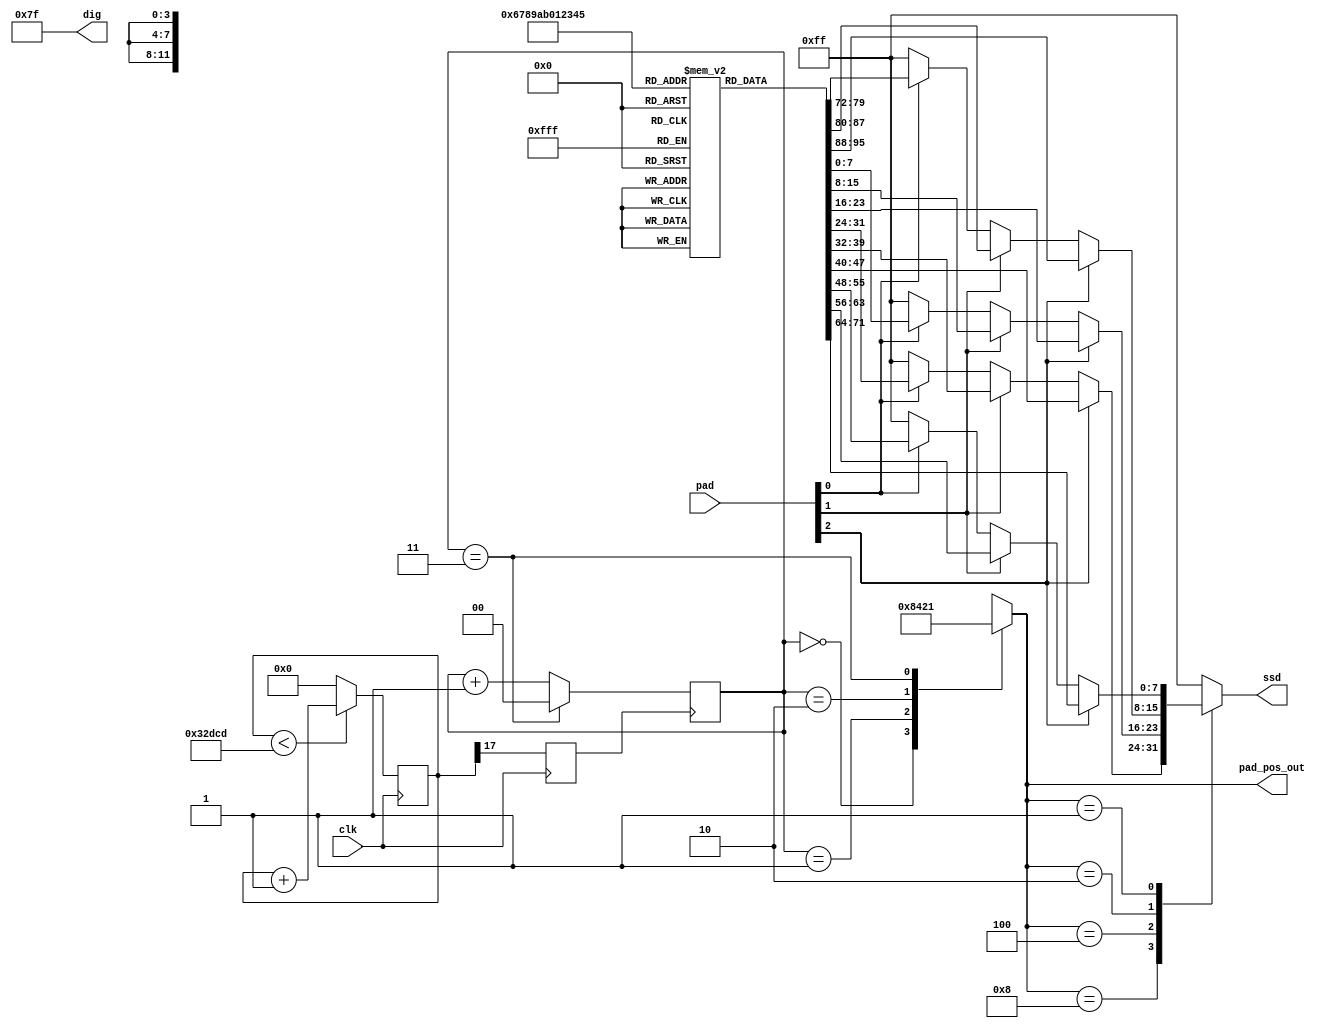
`timescale 1ns / 1ps

module pad_display(
    input clk,
    input [0:2] pad,
    output [0:3] pad_pos_out,
    output [7:0] dig,
    output [7:0] ssd
    );


    //oscillator devide
    reg [17:0] div;
    initial begin
        div = 18'd0;
    end
    reg clk_r; //refresh clock
    always @(posedge clk) begin
        if (div < 18'd208_333) begin //480Hz 
            div <= div + 1;
        end
        else begin
            div <= 18'd0;
        end
        clk_r <= div[17];
    end


    //ABCD refresh
    reg [1:0] signal = 2'b00;
    always @(posedge clk_r) begin
        if(signal == 2'b11) begin
            signal = 2'b00;
        end
        else begin
            signal <= signal + 1;
        end
    end
    
    reg [0:3] pad_pos = 4'b0000;
    always @(*) begin
        case(signal)
            2'b00: pad_pos = 4'b1000;
            2'b01: pad_pos = 4'b0100;
            2'b10: pad_pos = 4'b0010;
            2'b11: pad_pos = 4'b0001;
            default: pad_pos = 4'b0000;
        endcase
    end


    //SSD LUT
    reg [7:0] ssd_lut[11:0];
    initial begin
        ssd_lut[0] = 8'b1001111_1;
        ssd_lut[1] = 8'b0010010_1;
        ssd_lut[2] = 8'b0000110_1;
        ssd_lut[3] = 8'b1001100_1;
        ssd_lut[4] = 8'b0100100_1;
        ssd_lut[5] = 8'b0100000_1;
        ssd_lut[6] = 8'b0001111_1;
        ssd_lut[7] = 8'b0000000_1;
        ssd_lut[8] = 8'b0000100_1;
        ssd_lut[9] = 8'b0000000_0;
        ssd_lut[10] = 8'b0000001_1;
        ssd_lut[11] = 8'b0011100_1;
    end


    //EFG detection
    reg [7:0] ssd_current;
    always @(*) begin
        case(pad_pos)
            4'b1000: begin
                if(pad[0] == 1'b1) begin //1
                    ssd_current = ssd_lut[0];
                end
                else if(pad[1] == 1'b1) begin
                    ssd_current = ssd_lut[1];
                end
                else if(pad[2] == 1'b1) begin
                    ssd_current = ssd_lut[2];
                end
                else begin
                ssd_current = 8'b1111111_1;
                end
            end
            4'b0100: begin
                if(pad[0] == 1'b1) begin //4
                    ssd_current = ssd_lut[3];
                end
                else if(pad[1] == 1'b1) begin
                    ssd_current = ssd_lut[4];
                end
                else if(pad[2] == 1'b1) begin
                    ssd_current = ssd_lut[5];
                end
                else begin
                    ssd_current = 8'b1111111_1;
                end
            end
            4'b0010: begin
                if(pad[0] == 1'b1) begin //7
                    ssd_current = ssd_lut[6];
                end
                else if(pad[1] == 1'b1) begin
                    ssd_current = ssd_lut[7];
                end
                else if(pad[2] == 1'b1) begin
                    ssd_current = ssd_lut[8];
                end
                else begin
                    ssd_current = 8'b1111111_1;
                end
            end
            4'b0001: begin
                if(pad[0] == 1'b1) begin //*
                    ssd_current = ssd_lut[9];
                end
                else if(pad[1] == 1'b1) begin
                    ssd_current = ssd_lut[10];
                end
                else if(pad[2] == 1'b1) begin
                    ssd_current = ssd_lut[11];
                end
                else begin
                    ssd_current = 8'b1111111_1;
                end
            end
            default: begin
                ssd_current = 8'b1111111_1;
            end
        endcase
    end

    //output
    assign pad_pos_out = pad_pos;
    assign dig = 8'b0111_1111;
    assign ssd = ssd_current;

endmodule